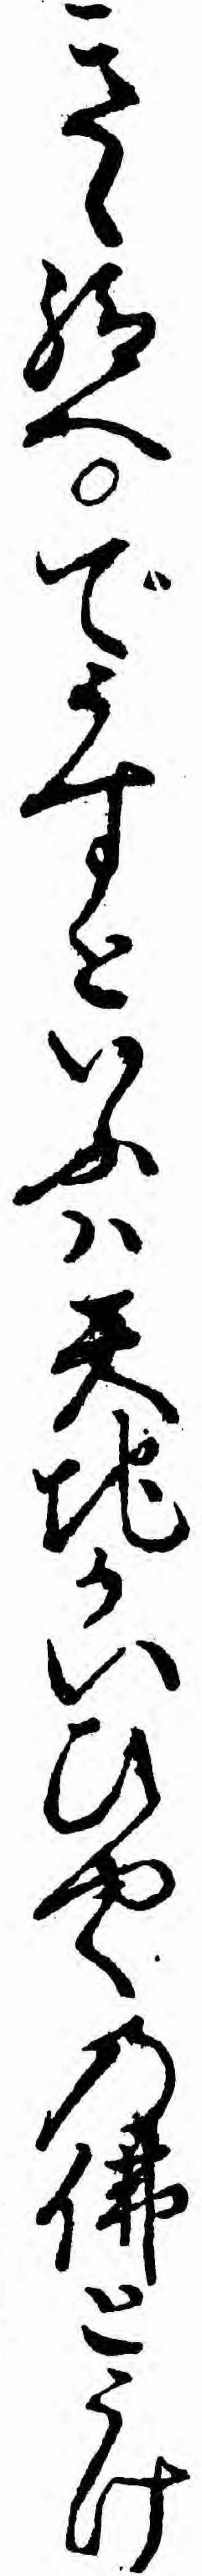
きゝ給へでうすといふハ天地かいひやくの仏とうけ